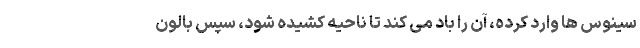
سینوس ها وارد کرده، آن را باد می کند تا ناحیه کشیده شود، سپس بالون